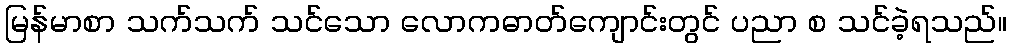
မြန်မာစာ သက်သက် သင်သော လောကဓာတ်ကျောင်းတွင် ပညာ စ သင်ခဲ့ရသည်။